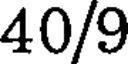
40/9